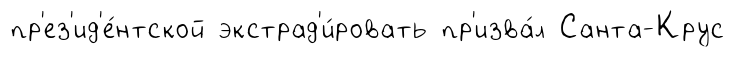
пр'ез'ид'е́нтской экстрад'и́ровать пр'изва́л Санта-Крус